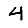
Digit: 4